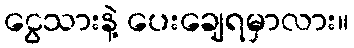
ငွေသားနဲ့ ပေးချေရမှာလား။